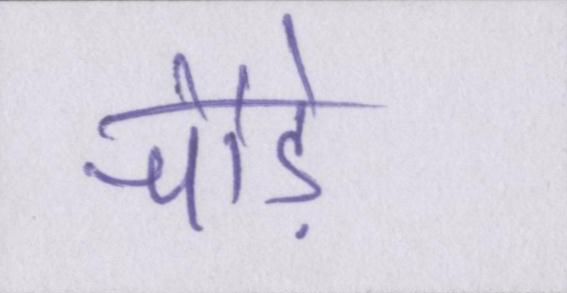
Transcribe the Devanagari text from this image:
चौड़े